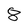
Character: 8